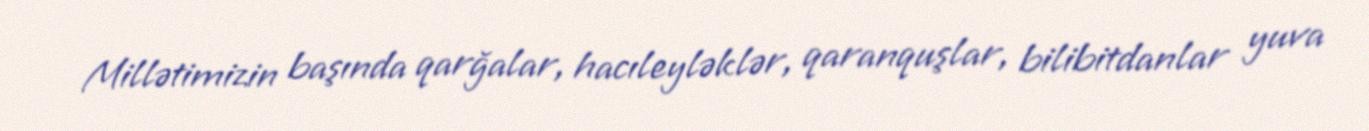
Millətimizin başında qarğalar, hacıleyləklər, qaranquşlar, bilibitdanlar yuva